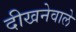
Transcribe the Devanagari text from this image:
दीखनेवाले